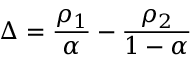
\Delta = \frac { \rho _ { 1 } } { \alpha } - \frac { \rho _ { 2 } } { 1 - \alpha }